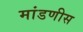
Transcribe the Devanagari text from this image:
मांडणीस